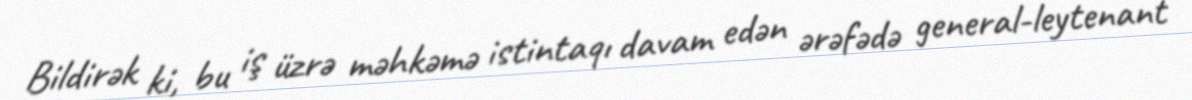
Bildirək ki, bu iş üzrə məhkəmə istintaqı davam edən ərəfədə general-leytenant